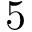
5